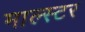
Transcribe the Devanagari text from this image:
माल्स्टर